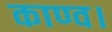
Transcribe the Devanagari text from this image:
काण्व।